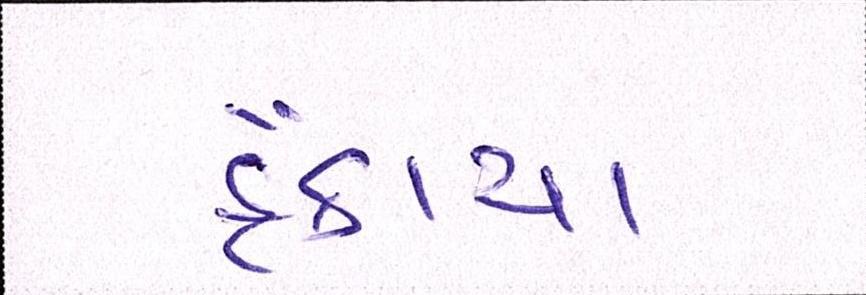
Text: ફેંકાયા